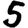
Digit: 5